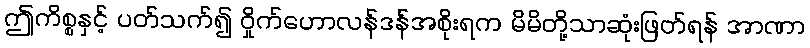
ဤကိစ္စနှင့် ပတ်သက်၍ ဝှိုက်ဟောလန်ဒန်အစိုးရက မိမိတို့သာဆုံးဖြတ်ရန် အာဏာ